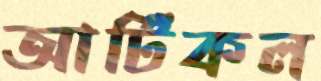
আর্টিকল